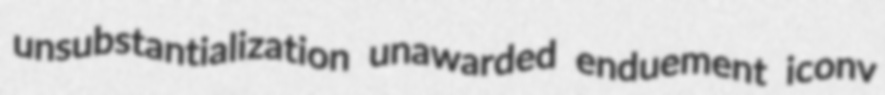
unsubstantialization unawarded enduement iconv